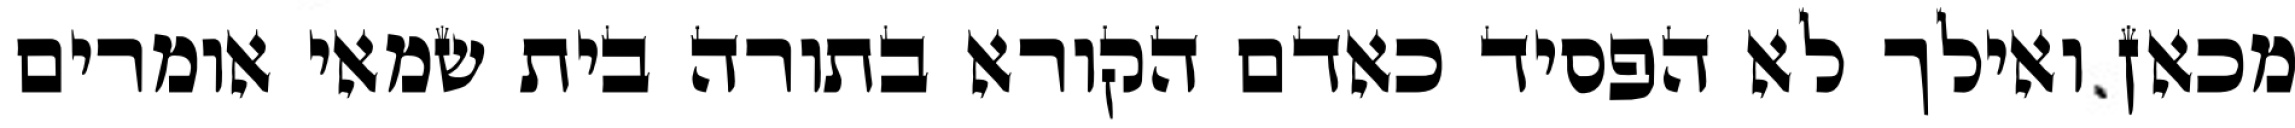
מכאן ואילך לא הפסיד כאדם הקורא בתורה בית שמאי אומרים